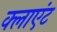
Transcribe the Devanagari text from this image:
क्‍लाएंट